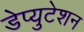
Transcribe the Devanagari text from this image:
डेप्युटेशन